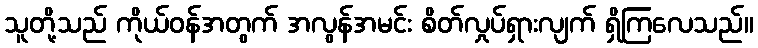
သူတို့သည် ကိုယ်ဝန်အတွက် အလွန်အမင်း စိတ်လှုပ်ရှားလျက် ရှိကြလေသည်။